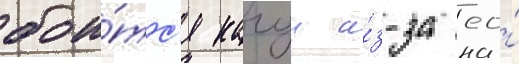
бои́тс'я кагуи и́з-за ео́